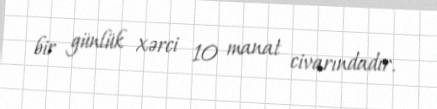
bir günlük xərci 10 manat civarındadır.